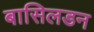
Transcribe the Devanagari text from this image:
बासिलडन